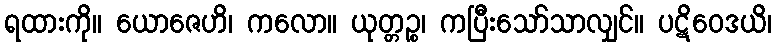
ရထားကို။ ယောဇေဟိ၊ ကလော။ ယုတ္တဉ္စ၊ ကပြီးသော်သာလျှင်။ ပဋိဝေဒယိ၊